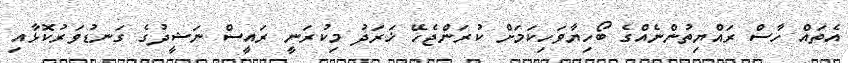
އެތައް ހާސް ރައްޔިތުންނެއްގެ ބޯހިޔާވަހިކަމަށް ކުރަންޖެހޭ ޚަރަދު މިކުރަނީ ރައީސް ނަޝީދުގެ ގަނޑުވަރުކޮޅާއި